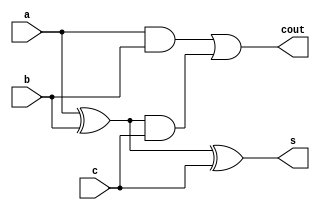
module fadder(a,b,c,s,cout);
input a,b,c;
output cout,s;
wire c0,c1,d0;
xor (d0,a,b);
xor (s,d0,c);
and (c0,a,b);
and (c1,d0,c);
or  (cout,c0,c1);
endmodule